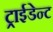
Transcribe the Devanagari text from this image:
ट्राईडेन्ट